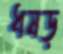
ধষড়